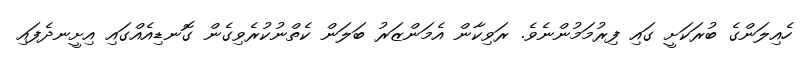
ހެއިލަންގެ ބުރަކަށީ ގައި ފިރުމަމުންނެވެ. ރަވިކާން އެމަންޒަރު ބަލަން ކެތްނުކުރެވިގެން ގޮނޑިއެއްގައި އިށީނދެފައި